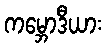
ကမ္ဘောဒီယား